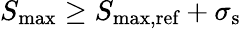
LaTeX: S_{\textrm{max}}\geq S_{\textrm{max,ref}}+\sigma_{\textrm{s}}